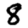
Digit: 8